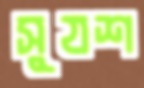
সুযশ